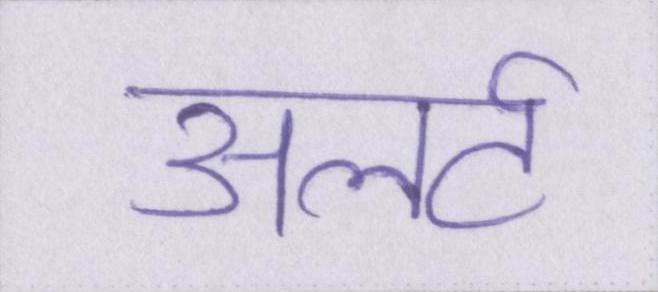
अलर्ट